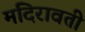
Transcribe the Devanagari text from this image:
मदिरावती